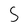
Character: 5